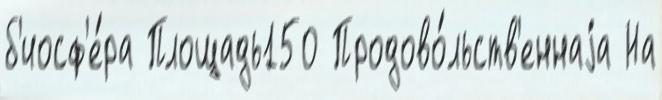
б'иосф'е́ра Площадь150 Продово́льств'еннаjа На